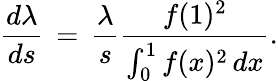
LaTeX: \frac{d\lambda}{ds}\, =\, \frac{\lambda}{s}\frac{f(1)^{2}}{\int_{0}^{1}f(x)^{2}\, dx}.